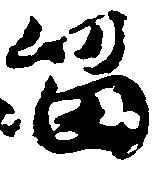
留